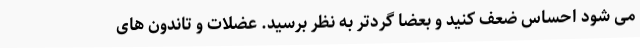
می شود احساس ضعف کنید و بعضاً گردتر به نظر برسید. عضلات و تاندون های